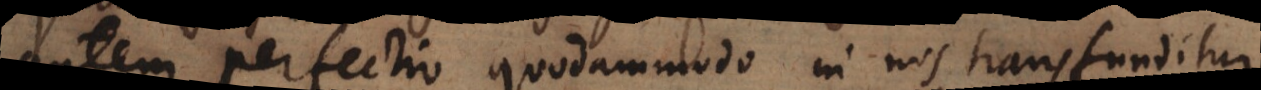
autem perfectio quodammodo in nos transfunditur,